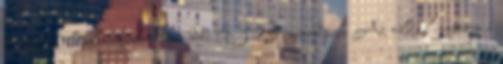
Off Oldalmegjelenítési idő: 0.325 másodperc Az oldal motorja a